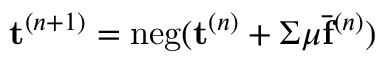
\mathbf { t } ^ { ( n + 1 ) } = \mathrm { n e g } ( { \mathbf { t } ^ { ( n ) } + \Sigma \mu \bar { \mathbf { f } } ^ { ( n ) } } )